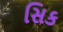
સિક